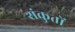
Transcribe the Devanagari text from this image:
शंकुतों